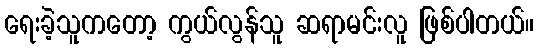
ရေးခဲ့သူကတော့ ကွယ်လွန်သူ ဆရာမင်းလူ ဖြစ်ပါတယ်။